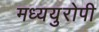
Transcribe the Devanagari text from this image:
मध्ययुरोपी